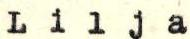
Lilja